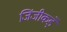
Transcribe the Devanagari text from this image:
जिंजीकड़े